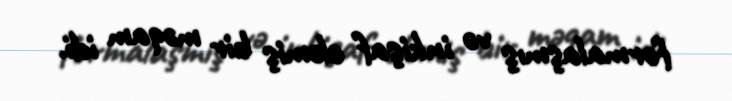
formalaşmış və inkişaf eləmiş bir məqam idi.